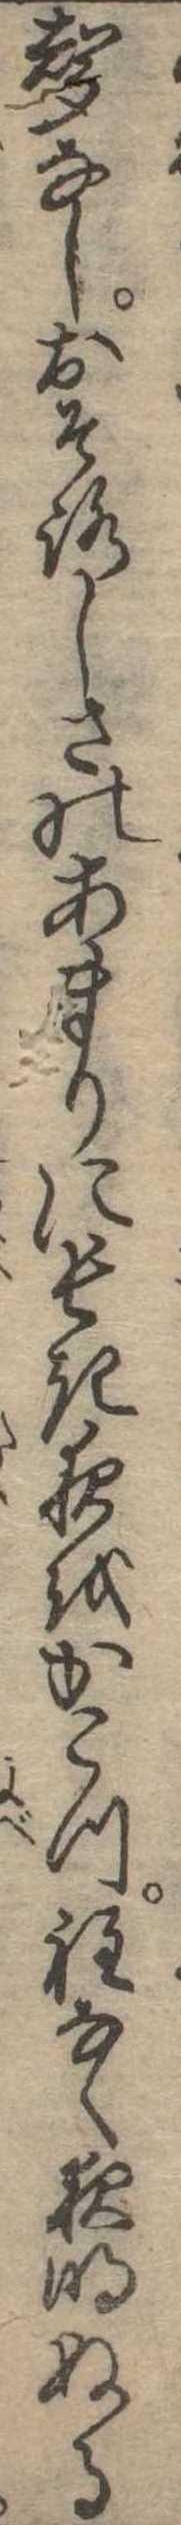
声なしおそろしさのあまりに長き夜をかこつ程なく夜明ぬる